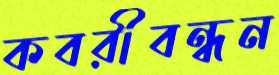
কবরীবন্ধন